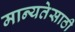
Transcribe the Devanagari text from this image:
मान्यतेसाठी